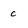
Character: c